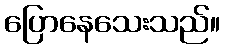
ပြောနေသေးသည်။